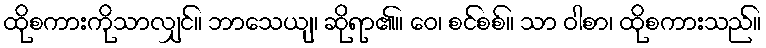
ထိုစကားကိုသာလျှင်။ ဘာသေယျ၊ ဆိုရာ၏။ ဝေ၊ စင်စစ်။ သာ ဝါစာ၊ ထိုစကားသည်။